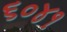
૬૦૪૧